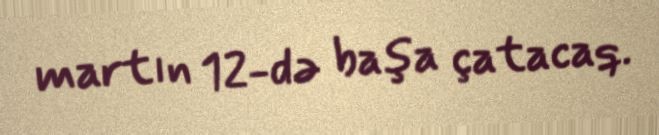
martın 12-də başa çatacaq.